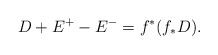
\begin{align*}D + E^+ - E^- = f^*(f_*D).\end{align*}